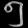
Digit: ၅